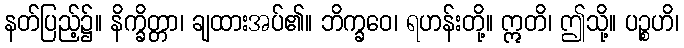
နတ်ပြည့်၌။ နိက္ခိတ္တာ၊ ချထားအပ်၏။ ဘိက္ခဝေ၊ ရဟန်းတို့။ ဣတိ၊ ဤသို့။ ပဉ္စဟိ၊